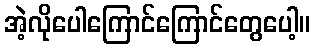
အဲ့လိုပေါကြောင်ကြောင်တွေပေါ့။